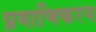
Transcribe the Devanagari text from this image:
प्रमाणिकरन